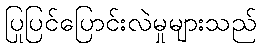
ပြုပြင်ပြောင်းလဲမှုများသည်